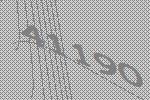
41190